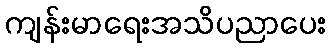
ကျန်းမာရေးအသိပညာပေး